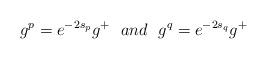
LaTeX: \begin{align*} g^p=e^{-2s_p}g^+\ \ and\ \ g^q=e^{-2s_q}g^+\end{align*}